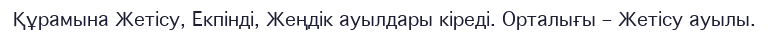
Құрамына Жетісу, Екпінді, Жеңдік ауылдары кіреді. Орталығы – Жетісу ауылы.